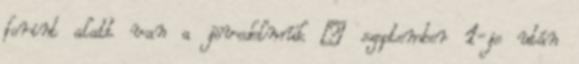
forint alatt van a jövedelmük – szeptember 1-je után